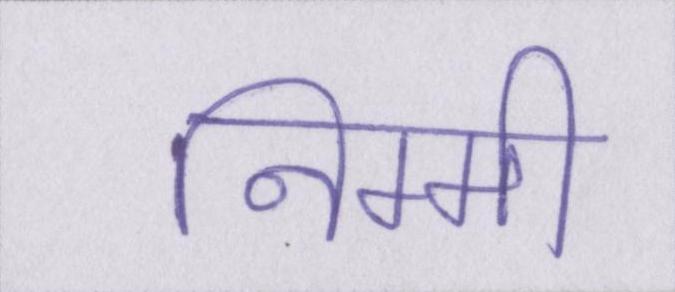
निम्मी